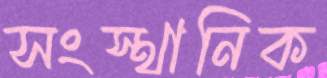
সংস্থানিক